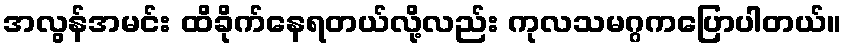
အလွန်အမင်း ထိခိုက်နေရတယ်လို့လည်း ကုလသမဂ္ဂကပြောပါတယ်။